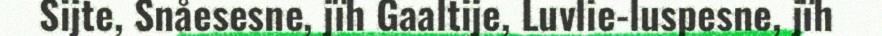
Sijte, Snåesesne, jïh Gaaltije, Luvlie-luspesne, jïh